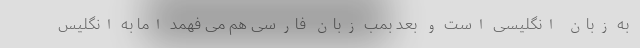
به زبان انگلیسی است و بعد بمب زبان فارسی هم می فهمد اما به انگلیس